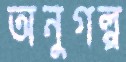
অনুগল্প